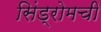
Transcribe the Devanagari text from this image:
सिंड्रोमची